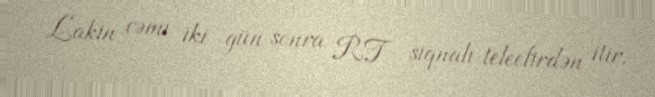
Lakin cəmi iki gün sonra RT siqnalı teleefirdən itir.